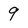
Character: 9